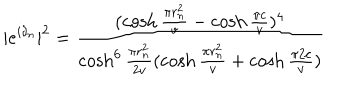
| e ^ { i \delta _ { n } } | ^ { 2 } = \frac { ( \cosh \frac { \pi r _ { n } ^ { 2 } } { v } - \cosh \frac { \pi c } { v } ) ^ { 4 } } { \cosh ^ { 6 } \frac { \pi r _ { n } ^ { 2 } } { 2 v } ( \cosh \frac { \pi r _ { n } ^ { 2 } } { v } + \cosh \frac { \pi 2 c } { v } ) }